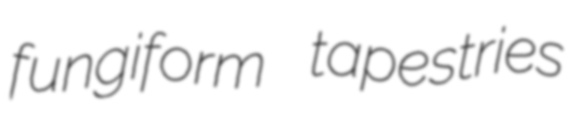
fungiform tapestries